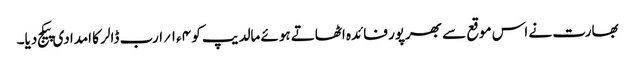
بھارت نے اس موقع سے بھرپور فائدہ اٹھاتے ہوئے مالدیپ کو ۴ء۱؍ارب ڈالر کا امدادی پیکج دیا۔